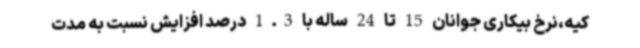
کیه،نرخ بیکاری جوانان 15 تا 24 ساله با 1.3 درصد افزایش نسبت به مدت